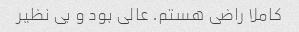
کاملا راضی هستم. عالی بود و بی نظیر